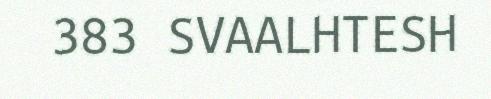
383 SVAALHTESH